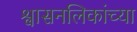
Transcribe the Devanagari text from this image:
श्वासनलिकांच्या